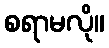
စရာမလို။